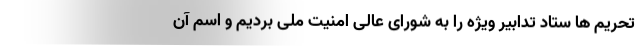
تحریم ها ستاد تدابیر ویژه را به شورای عالی امنیت ملی بردیم و اسم آن